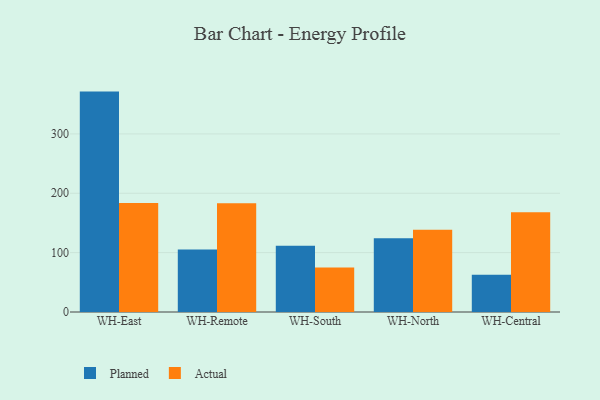
{"axis": {"x": "Warehouse", "y": "Shipments"}, "legend": ["Actual", "Planned"], "data": [{"x": "WH-East", "y": 371.3, "type": "Planned"}, {"x": "WH-East", "y": 183.5, "type": "Actual"}, {"x": "WH-Remote", "y": 105.1, "type": "Planned"}, {"x": "WH-Remote", "y": 183.4, "type": "Actual"}, {"x": "WH-South", "y": 111.4, "type": "Planned"}, {"x": "WH-South", "y": 74.8, "type": "Actual"}, {"x": "WH-North", "y": 124.3, "type": "Planned"}, {"x": "WH-North", "y": 138.4, "type": "Actual"}, {"x": "WH-Central", "y": 62.6, "type": "Planned"}, {"x": "WH-Central", "y": 168.2, "type": "Actual"}]}